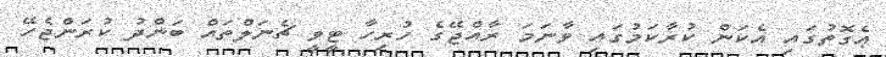
ޢެގޮތުގައި އެކަން ކުރާކަމުގައި ވާނަމަ ރާއްޖޭގެ ހުރިހާ ޓީވީ ޗެނަލްތައް ބަންދު ކުރަންޖެހޭ